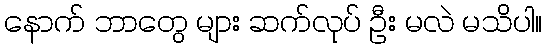
နောက် ဘာတွေ များ ဆက်လုပ် ဦး မလဲ မသိပါ။